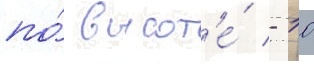
по́ высот'е́ - 10